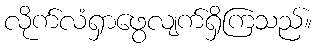
လိုက်လံရှာဖွေလျက်ရှိကြသည်။